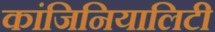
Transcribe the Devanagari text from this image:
कांजिनियालिटी